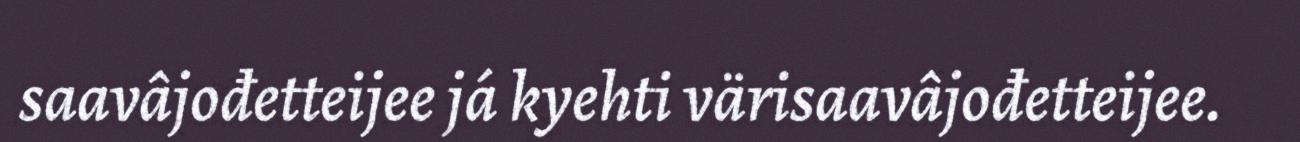
saavâjođetteijee já kyehti värisaavâjođetteijee.